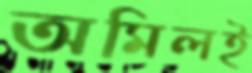
অমিলই